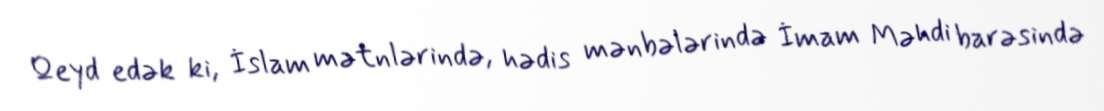
Qeyd edək ki, İslam mətnlərində, hədis mənbələrində İmam Məhdi barəsində